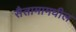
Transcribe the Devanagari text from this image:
सैतामामधील